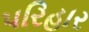
પરિહાર